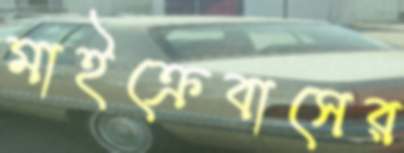
মাইক্রেবাসের